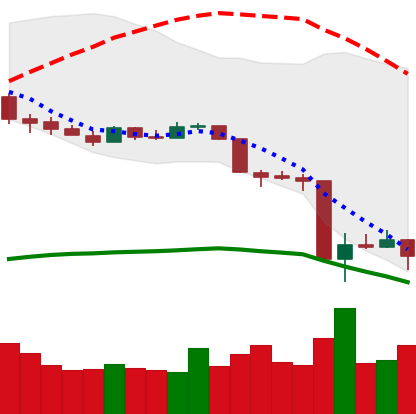
Ticker: XMR-USD
Chart end date: 2020-03-16
Forward return: 21.684%
Label: up_7plus